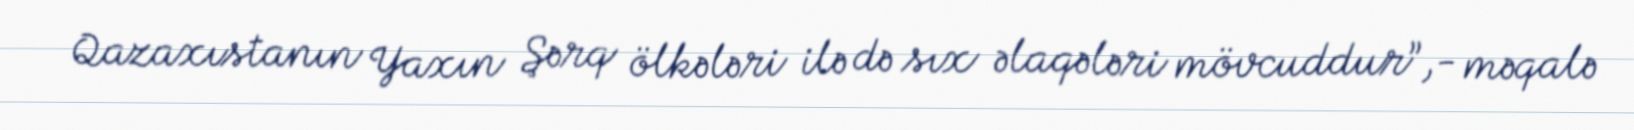
Qazaxıstanın Yaxın Şərq ölkələri ilə də sıx əlaqələri mövcuddur”,- məqalə